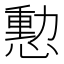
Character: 憅